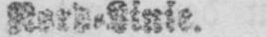
Nord⸗Linie